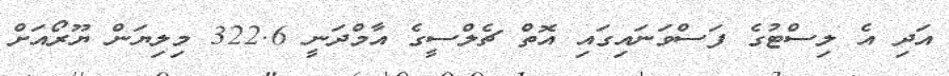
އަދި އެ ލިސްޓުގެ ފަސްވަނައިގައި އޮތް ޗެލްސީގެ އާމްދަނީ 322.6 މިލިޔަން ޔޫރޯއަށް